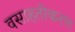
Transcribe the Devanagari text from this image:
वसाहतीकरण